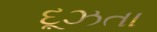
દૂઝતા